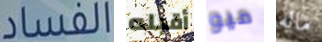
الفساد أقبله ميو ماله